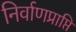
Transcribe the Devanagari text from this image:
निर्वाणप्राप्ति